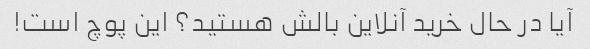
آیا در حال خرید آنلاین بالش هستید؟ این پوچ است!